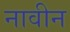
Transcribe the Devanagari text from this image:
नावीन